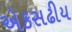
એકસઢીય